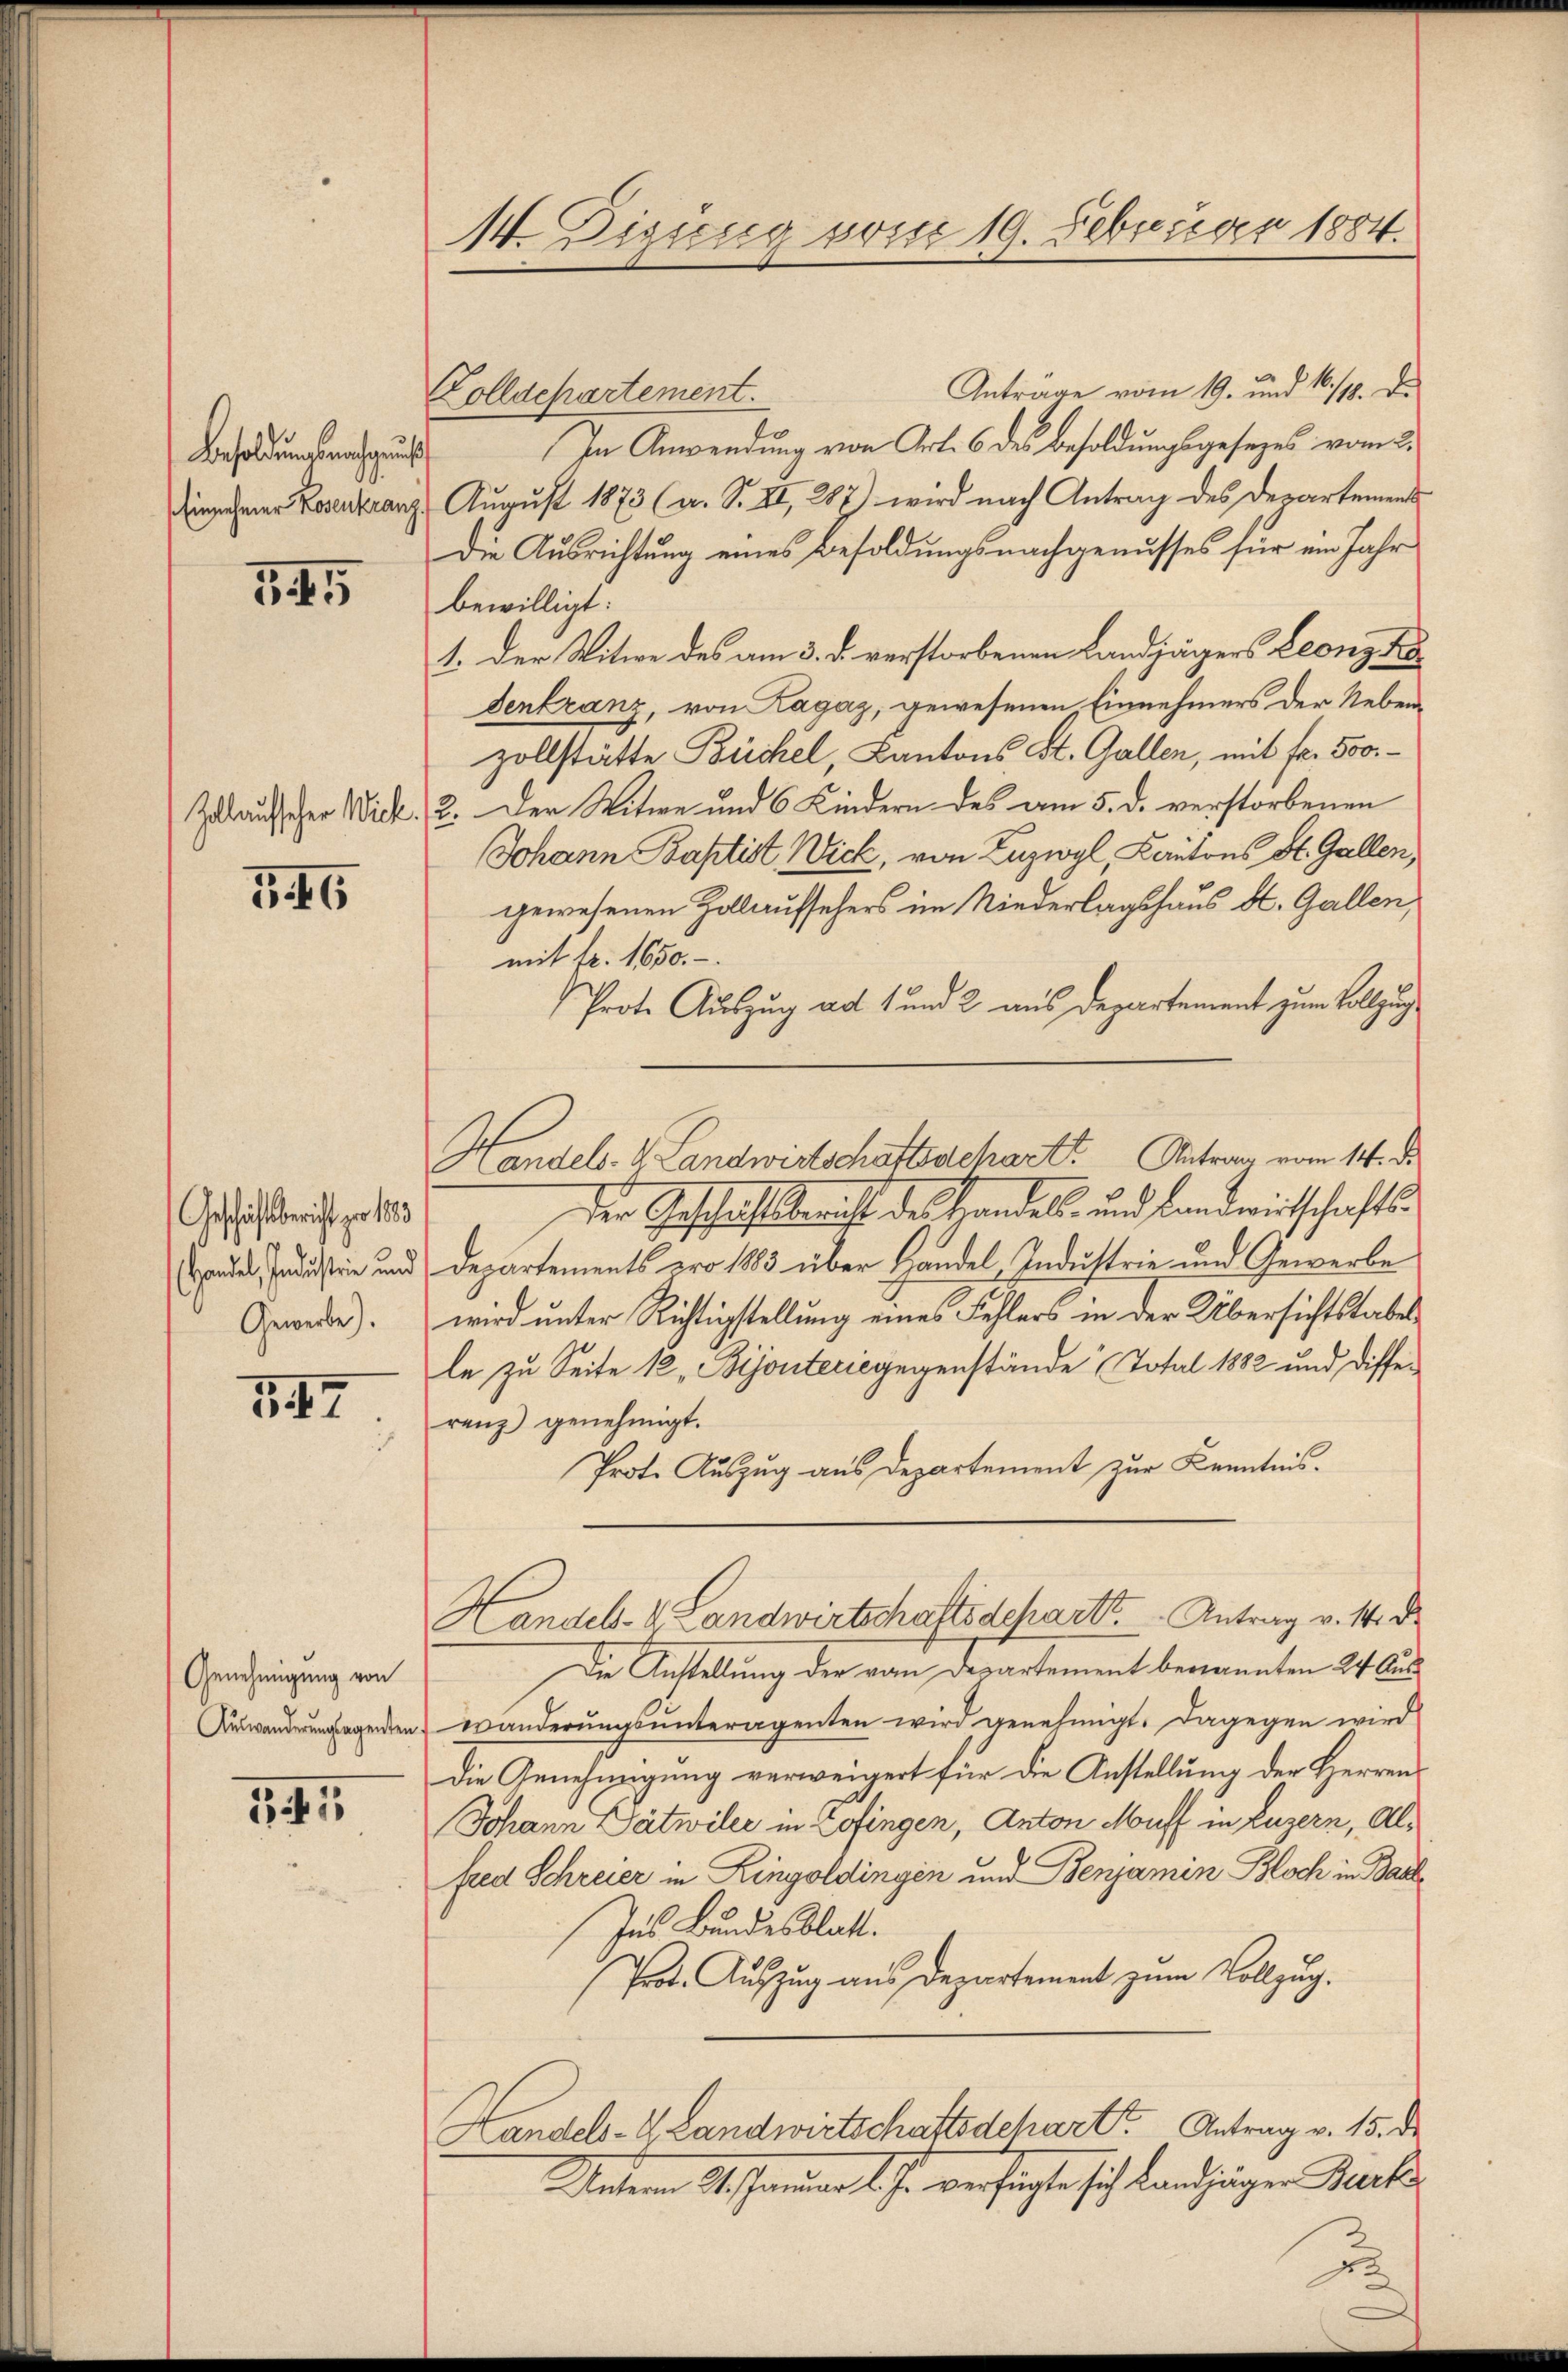
Besoldungsmache un
.
Einnehmer Rosenkranz

345

Zollaufscher Wick.

346

Geschäftsbericht zu 1883
Handel, Industrie und
Gewerbe).

347

Genehmigung von
Auswanderungsagenten

141

14. Digung vom 19. Februar 1884.

Anträge vom 19. und 16./10. d.
Zolldepartement.
In Anwendung von Art. 6 des Besoldungsgesezes vom 2.
August 1873 (a. S. II, 287) wird nach Antrag des Departements
Die Ausrichtung eines Besoldungsnachgenusses für ein Jahr
bewilligt:
1. Der Witwe des am 3. d. verstorbenen Landjägers Leonz ko
dentranz, von Ragaz, gewesenen Einnehmers der Nebenzollstätte Büchel, Kantons St. Gallen, mit fr. 500
2. Der Witwe und 6 Kindern des am 5. d. verstorbenen
Johann Baptist Wick, von Luzwyl, Kantons St. Gallen,
gewesenen Zollaufsehers im Niederlagshaus St. Gallen,
mit fr. 1650.
Prote Auszug ad 1 und 2 aus Departement zum Vollzug
Handels. v. Landwirtschaftsschart Antrag vom 14. d.
der Geschäftsbericht des Handels- und Landwirtschafts¬
Departements pro 1883 über Handel Industrie und Gewerbe
wird unter Richtigstellung eines Fehlers in der Übersichtstabes
le zu Seite 12, Bijouterie gegenstände (Total 1882 und Differenz genehmigt.
Prote Auszug aus Departement zur Kenntnis.
Handel- & Landwirtschaftsdepart.   .  Antrag v. M. D.
Die Anstellung der vom Departement benannten 24 Auswanderŭngsŭnteragenten wird genehmigt. Dagegen wird
Die Genehmigung verweigert für die Anstellung der Herren
Johann Dätwiler in Zofingen, Anton Muff in Luzern, Alfred Schreier in Ringoldingen und Benjamin Bloch in Basl
Ins Bundesblatt.
Prot. Auszug aus Departement zum Vollzug.
Handels-V. Landwirtschaftsdchart Antrag v. 15. d.
Untern Gespaniae d. J. verfügte sich Landzügen Becke